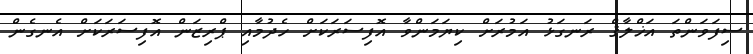
ސިފަވަންތަަ އަޚްލާޤް ރަނގަޅު އަމުރަށް ކިޔަމަންވާ އޮފިސަރަކަށް ހެދުމާއި ޕްރިޒަން އޮފިސަރަކަށް އެނގެން